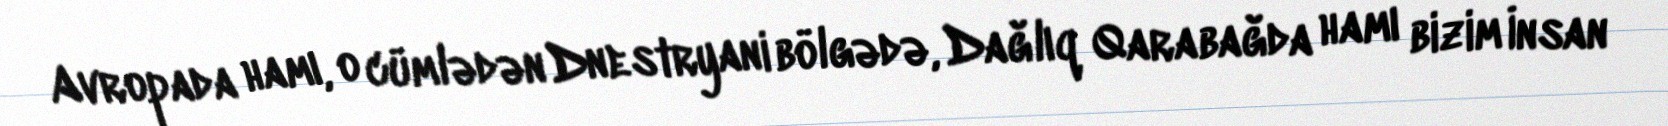
Avropada hamı, o cümlədən Dnestryani bölgədə, Dağlıq Qarabağda hamı bizim İnsan